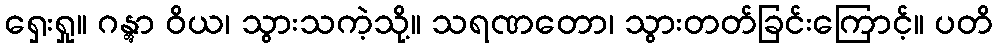
ရှေးရှု။ ဂန္တွာ ဝိယ၊ သွားသကဲ့သို့။ သရဏတော၊ သွားတတ်ခြင်းကြောင့်။ ပတိ